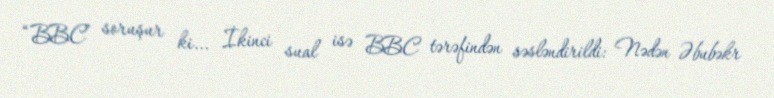
“BBC” soruşur ki... İkinci sual isə BBC tərəfindən səsləndirildi: Nədən Əbubəkr